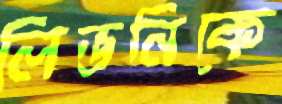
লিভনিকে